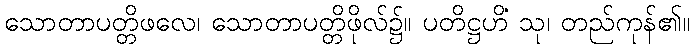
သောတာပတ္တိဖလေ၊ သောတာပတ္တိဖိုလ်၌။ ပတိဋ္ဌဟိံ သု၊ တည်ကုန်၏။